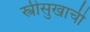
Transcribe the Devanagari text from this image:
स्त्रीसुखाची